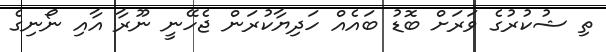
ތި ޝުކުރުގެ ވަރަށް ބޮޑު ބައެއް ހަދިޔާކުރަން ޖެހޭނީ ނޫރާ އާއި ނޯނިގެ